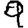
Digit: 9